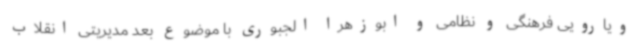
ویارویی فرهنگی و نظامی و ابوزهرا الجبوری با موضوع بعد مدیریتی انقلاب